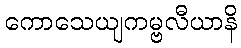
ကောသေယျကမ္ဗလီယာနိ